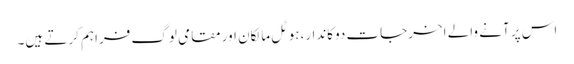
اس پر آنے والے اخرجات دوکاندار،ہوٹل مالکان اور مقامی لوگ فراہم کرتے ہیں۔